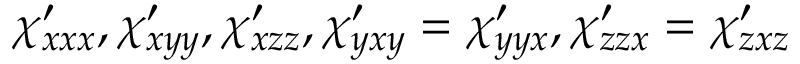
\chi _ { x x x } ^ { \prime } , \chi _ { x y y } ^ { \prime } , \chi _ { x z z } ^ { \prime } , \chi _ { y x y } ^ { \prime } = \chi _ { y y x } ^ { \prime } , \chi _ { z z x } ^ { \prime } = \chi _ { z x z } ^ { \prime }